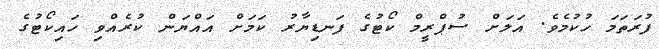
ފުރަތަމަ ހުކުމެވެ. އަލަށް ސުޕްރީމް ކޯޓުގެ ފަނޑިޔާރު ކަމަށް އައްޔަން ކުރެއްވި ހައިކޯޓުގެ